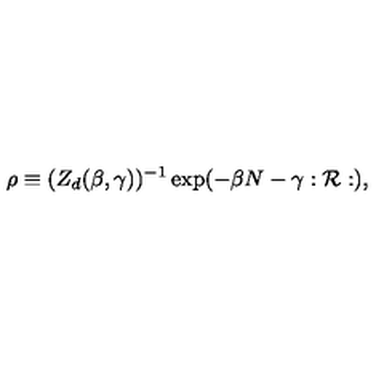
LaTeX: \rho \equiv ( Z _ { d } ( \beta , \gamma ) ) ^ { - 1 } \exp ( - \beta N - \gamma : { \cal R } : ) ,